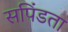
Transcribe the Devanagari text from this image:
सपिंडता